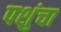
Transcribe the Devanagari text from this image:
पशुंचा